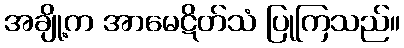
အချို့က အာမေဋိတ်သံ ပြုကြသည်။